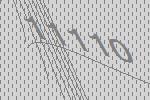
11110